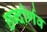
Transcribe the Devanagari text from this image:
छन्दोर्णव